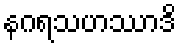
နဂရသဟဿာဒိ